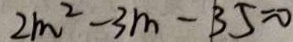
2 m ^ { 2 } - 3 m - 3 5 = 0